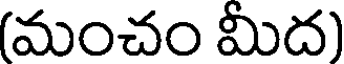
(మంచం మీద)